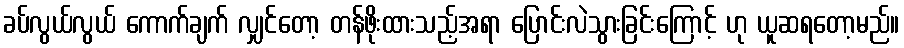
ခပ်လွယ်လွယ် ကောက်ချက် လျှင်တော့ တန်ဖိုးထားသည့်အရာ ပြောင်းလဲသွားခြင်းကြောင့် ဟု ယူဆရတော့မည်။